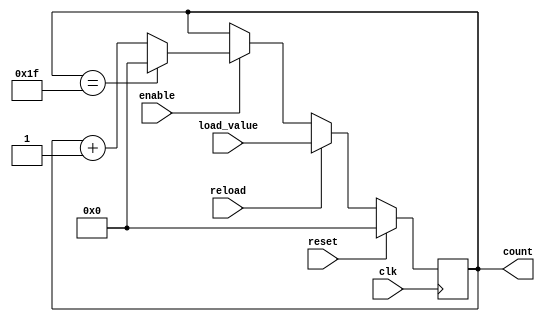
module ModuloN_Up_Counter (
    input wire clk,
    input wire reset,
    input wire enable,
    
    input wire [31:0] load_value,
    input wire reload,
    
    output reg [31:0] count
);

parameter N = 32; // N is determined by the user

always @(posedge clk) begin
    if (reset) begin
        count <= 0;
    end else if (reload) begin
        count <= load_value;
    end else if (enable) begin
        if (count == N-1) begin
            count <= 0;
        end else begin
            count <= count + 1;
        end
    end
end

endmodule